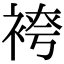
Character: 𫋾